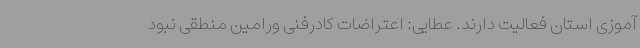
آموزی استان فعالیت دارند. عطایی: اعتراضات کادرفنی ورامین منطقی نبود